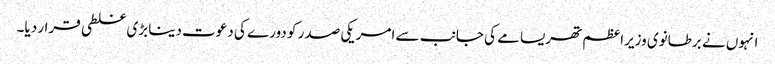
انہوں نے برطانوی وزیراعظم تھریسامے کی جانب سے امریکی صدر کو دورے کی دعوت دینا بڑی غلطی قرار دیا۔